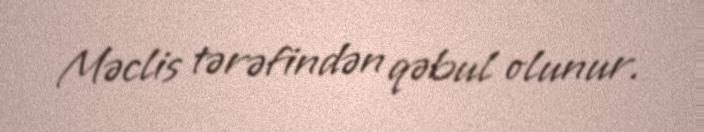
Məclis tərəfindən qəbul olunur.